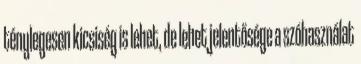
ténylegesen kicsiség is lehet, de lehet jelentősége a szóhasználat